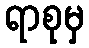
ရာစုမှ